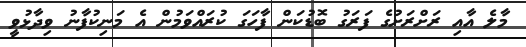
މާލެ އާއި ރަށްރަށުގެ ފަރަގު ބޮޑުކަން ފާހަގަ ކުރައްވަމުން އެ މަނިކުފާނު ވިދާޅުވީ